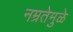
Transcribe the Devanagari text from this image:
नम्रतेमुळे